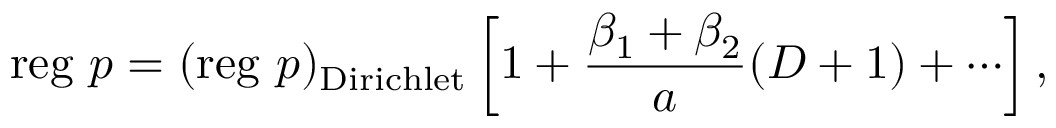
\mathrm { r e g } \, \, p = ( \mathrm { r e g } \, \, p ) _ { \mathrm { D i r i c h l e t } } \left[ 1 + \frac { \beta _ { 1 } + \beta _ { 2 } } { a } ( D + 1 ) + \cdots \right] ,